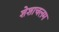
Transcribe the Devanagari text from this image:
शेशाचलम